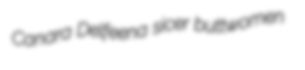
Canara Delfeena sicer buttwomen